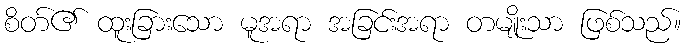
စိတ်၏ ထူးခြားသော မူအရာ အခြင်းအရာ တမျိုးသာ ဖြစ်သည်။